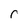
Character: r